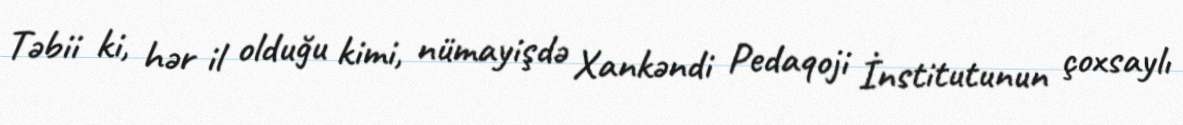
Təbii ki, hər il olduğu kimi, nümayişdə Xankəndi Pedaqoji İnstitutunun çoxsaylı